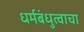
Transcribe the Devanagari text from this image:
धर्मबंधुत्वाचा